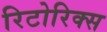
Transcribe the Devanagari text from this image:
रिटोरिक्स